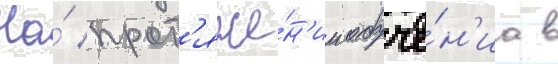
На́ прот'яже́н'ии обуче́н'иа в